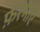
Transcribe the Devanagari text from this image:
फ़रमाए